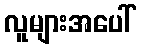
လူများအပေါ်